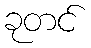
ခုတင်